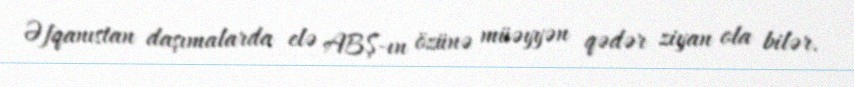
Əfqanıstan daşımalarda elə ABŞ-ın özünə müəyyən qədər ziyan ola bilər.